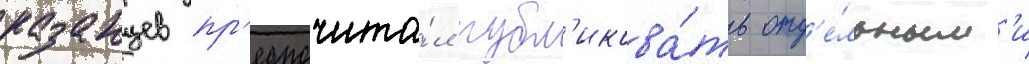
казанцев пр'едпочита́л публ'икова́ть отд'е́льным'и